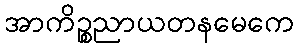
အာကိဉ္စညာယတနမေကေ